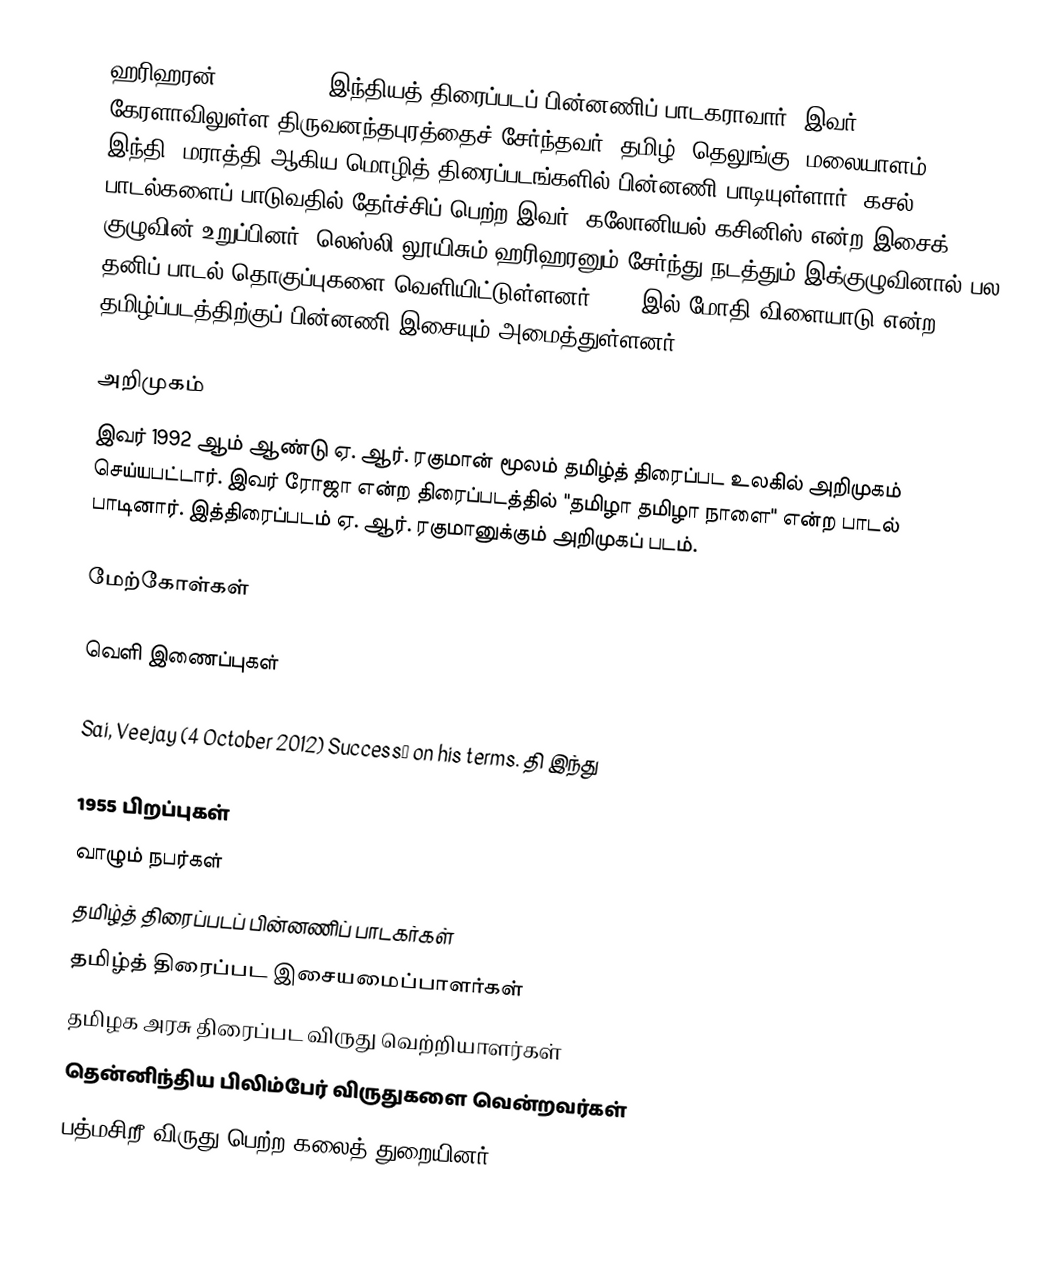
ஹரிஹரன் (Hariharan) இந்தியத் திரைப்படப் பின்னணிப் பாடகராவார். இவர் கேரளாவிலுள்ள திருவனந்தபுரத்தைச் சேர்ந்தவர். தமிழ், தெலுங்கு, மலையாளம், இந்தி, மராத்தி ஆகிய மொழித் திரைப்படங்களில் பின்னணி பாடியுள்ளார். கசல் பாடல்களைப் பாடுவதில் தேர்ச்சிப் பெற்ற இவர், கலோனியல் கசினிஸ் என்ற இசைக் குழுவின் உறுப்பினர். லெஸ்லி லூயிசும் ஹரிஹரனும் சேர்ந்து நடத்தும் இக்குழுவினால் பல தனிப் பாடல் தொகுப்புகளை வெளியிட்டுள்ளனர். 2009இல் மோதி விளையாடு என்ற தமிழ்ப்படத்திற்குப் பின்னணி இசையும் அமைத்துள்ளனர்.

அறிமுகம்
இவர் 1992 ஆம் ஆண்டு ஏ. ஆர். ரகுமான் மூலம் தமிழ்த் திரைப்பட உலகில் அறிமுகம் செய்யபட்டார். இவர் ரோஜா என்ற திரைப்படத்தில் "தமிழா தமிழா நாளை" என்ற பாடல் பாடினார். இத்திரைப்படம் ஏ. ஆர். ரகுமானுக்கும்  அறிமுகப் படம்.

மேற்கோள்கள்

வெளி இணைப்புகள்

Sai, Veejay (4 October 2012) Success… on his terms. தி இந்து

1955 பிறப்புகள்
வாழும் நபர்கள்
தமிழ்த் திரைப்படப் பின்னணிப் பாடகர்கள்
தமிழ்த் திரைப்பட இசையமைப்பாளர்கள்
தமிழக அரசு திரைப்பட விருது வெற்றியாளர்கள்
தென்னிந்திய பிலிம்பேர் விருதுகளை வென்றவர்கள்
பத்மசிறீ விருது பெற்ற கலைத் துறையினர்